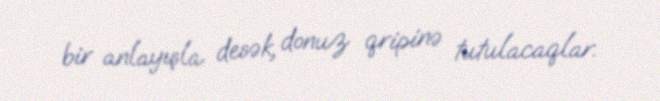
bir anlayışla desək, donuz qripinə tutulacaqlar.